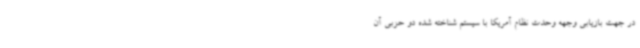
در جهت بازیابی وجهه وحدت نظام آمریکا با سیستم شناخته شده دو حزبی آن